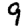
Digit: 9